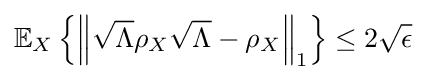
\mathbb {E} _{X}\left\{\left\Vert {\sqrt {\Lambda }}\rho _{X}{\sqrt {\Lambda }}-\rho _{X}\right\Vert _{1}\right\}\leq 2{\sqrt {\epsilon }}